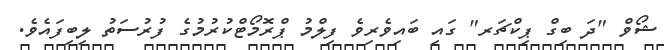
ޝޯވް "ދަ ބިގް ޕިކްޗަރ" ގައި ބައިވެރިވެ ފިލްމު ޕްރޮމޯޓްކުރުމުގެ ފުރުސަތު ލިބިފައެވެ.